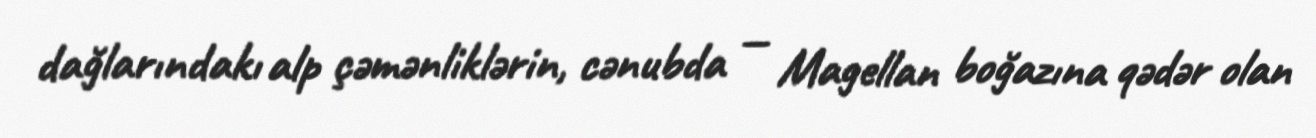
dağlarındakı alp çəmənliklərin, cənubda — Magellan boğazına qədər olan